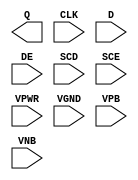
module sky130_fd_sc_hd__sedfxtp (
    Q   ,
    CLK ,
    D   ,
    DE  ,
    SCD ,
    SCE ,
    VPWR,
    VGND,
    VPB ,
    VNB
);

    output Q   ;
    input  CLK ;
    input  D   ;
    input  DE  ;
    input  SCD ;
    input  SCE ;
    input  VPWR;
    input  VGND;
    input  VPB ;
    input  VNB ;
endmodule